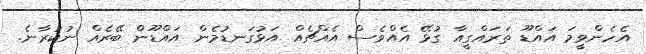
އެހެންވީމަ އައްޑޫ ތަރައްގީއާ ގުޅޭ އެއްވެސް އެއްޗެއް އަޅުގަނޑުމެން އައްޑޫން ބޭރެއް ނުކުރާނެ.